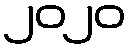
၂၀၂၀